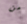
من